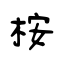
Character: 桉